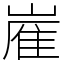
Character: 嵟